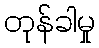
တုန်ခါမှု